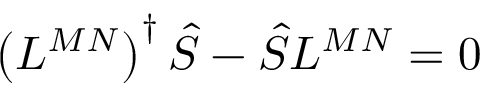
\left( L ^ { M N } \right) ^ { \dagger } \hat { S } - \hat { S } L ^ { M N } = 0